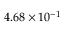
4 . 6 8 \times 1 0 ^ { - 1 }